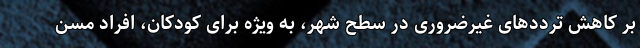
بر کاهش ترددهای غیرضروری در سطح شهر، به ویژه برای کودکان، افراد مسن